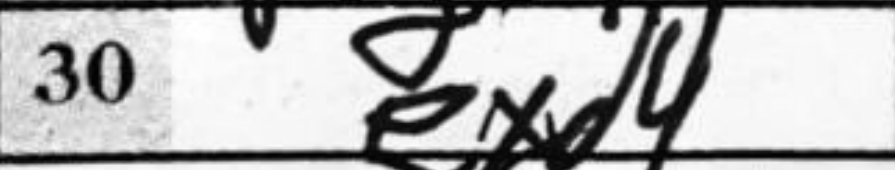
Transcription: exd4